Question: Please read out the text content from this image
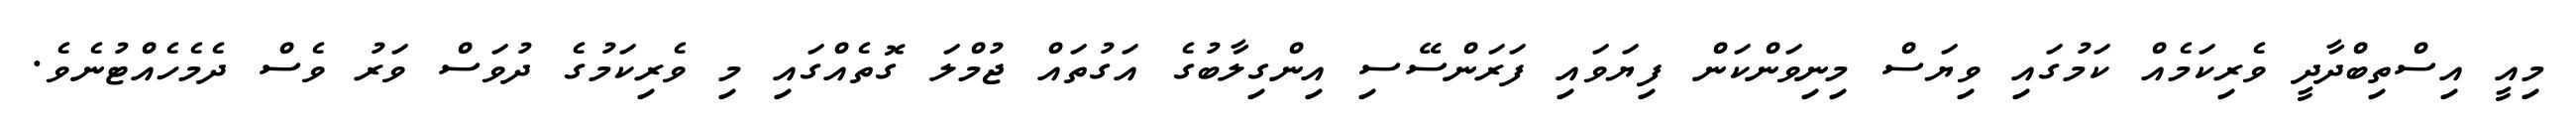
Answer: މިއީ އިސްތިބްދާދީ ވެރިކަމެއް ކަމުގައި ވިޔަސް މިނިވަންކަން ފިޔަވައި ފަރަންސޭސި އިންގިލާބުގެ އަގުތައް ޖުމްލަ ގޮތެއްގައި މި ވެރިކަމުގެ ދުވަސް ވަރު ވެސް ދެމެހެއްޓުނެވެ.